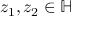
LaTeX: z _ { 1 } , z _ { 2 } \in \mathbb { H }